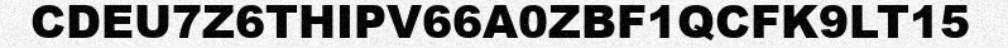
CDEU7Z6THIPV66A0ZBF1QCFK9LT15